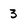
Character: 3